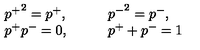
\begin{array} { l l } { { p ^ { + } } ^ { 2 } = p ^ { + } , } & { \qquad { p ^ { - } } ^ { 2 } = p ^ { - } , } \\ { p ^ { + } p ^ { - } = 0 , } & { \qquad p ^ { + } + p ^ { - } = 1 } \\ \end{array}